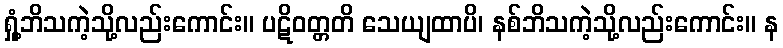
ရှုံ့ဘိသကဲ့သို့လည်းကောင်း။ ပဋိဝတ္တတိ သေယျထာပိ၊ နစ်ဘိသကဲ့သို့လည်းကောင်း။ န